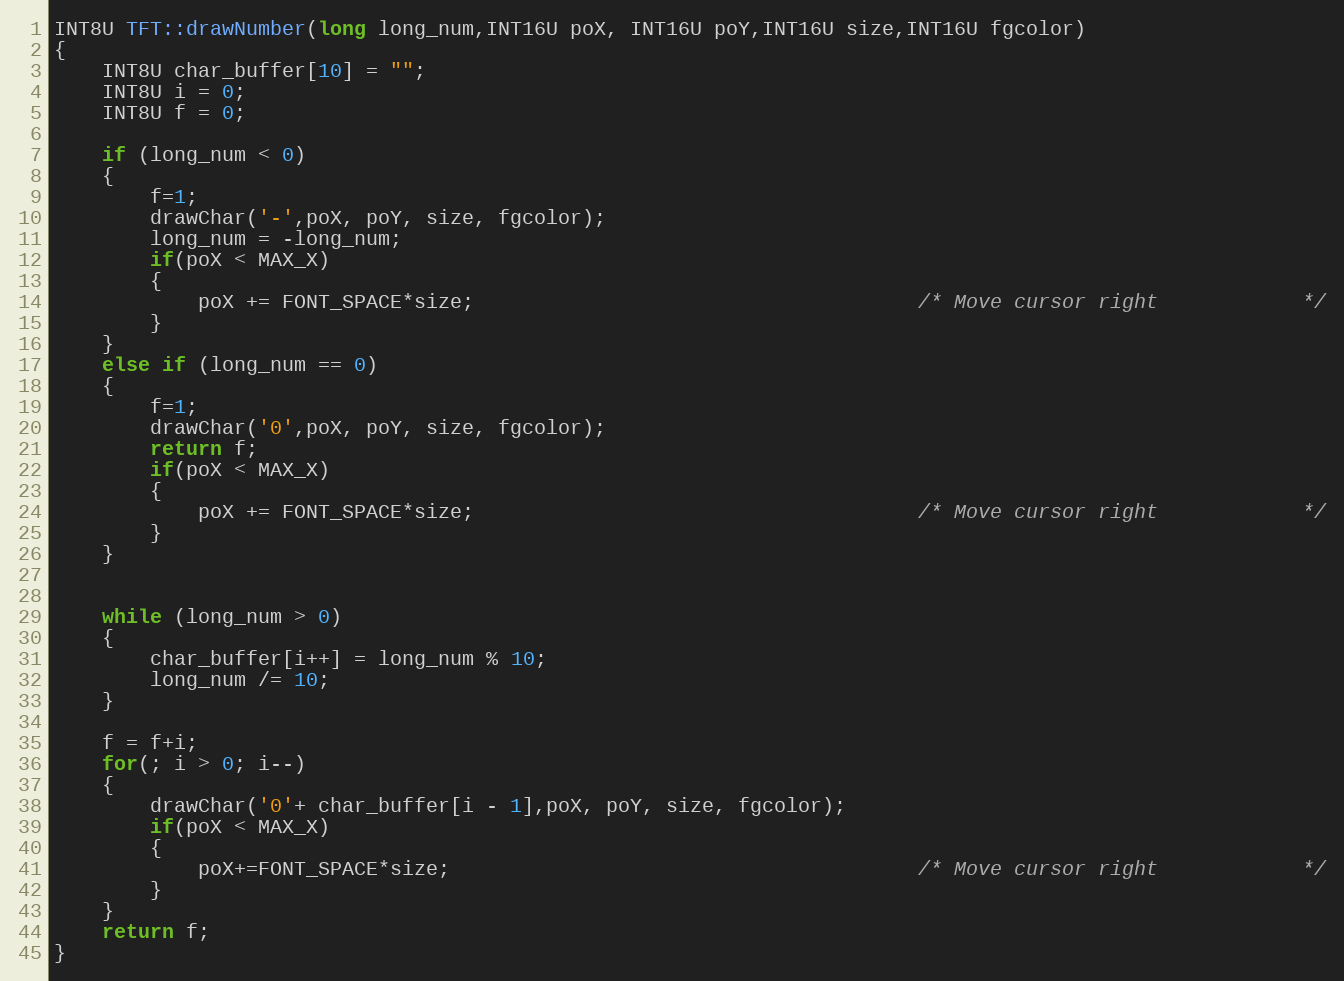
Language: C++
INT8U TFT::drawNumber(long long_num,INT16U poX, INT16U poY,INT16U size,INT16U fgcolor)
{
    INT8U char_buffer[10] = "";
    INT8U i = 0;
    INT8U f = 0;

    if (long_num < 0)
    {
        f=1;
        drawChar('-',poX, poY, size, fgcolor);
        long_num = -long_num;
        if(poX < MAX_X)
        {
            poX += FONT_SPACE*size;                                     /* Move cursor right            */
        }
    }
    else if (long_num == 0)
    {
        f=1;
        drawChar('0',poX, poY, size, fgcolor);
        return f;
        if(poX < MAX_X)
        {
            poX += FONT_SPACE*size;                                     /* Move cursor right            */
        }
    }

    while (long_num > 0)
    {
        char_buffer[i++] = long_num % 10;
        long_num /= 10;
    }

    f = f+i;
    for(; i > 0; i--)
    {
        drawChar('0'+ char_buffer[i - 1],poX, poY, size, fgcolor);
        if(poX < MAX_X)
        {
            poX+=FONT_SPACE*size;                                       /* Move cursor right            */
        }
    }
    return f;
}